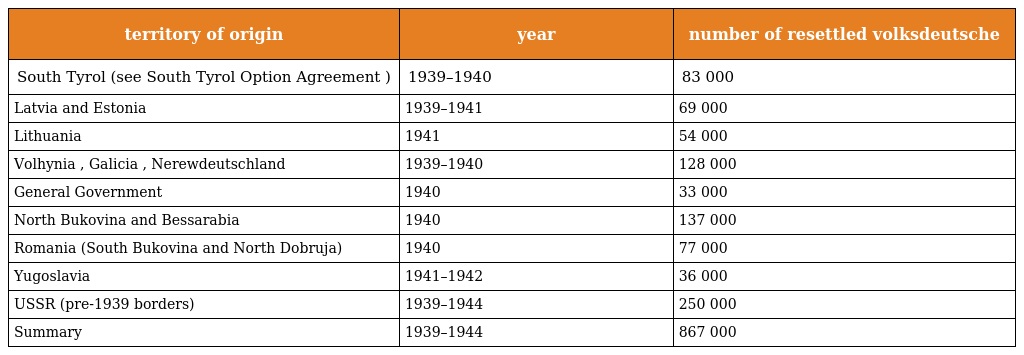
| territory of origin | year | number of resettled volksdeutsche |
 | --- | --- | --- |
 | South Tyrol (see South Tyrol Option Agreement ) | 1939–1940 | 83 000 |
 | Latvia and Estonia | 1939–1941 | 69 000 |
 | Lithuania | 1941 | 54 000 |
 | Volhynia , Galicia , Nerewdeutschland | 1939–1940 | 128 000 |
 | General Government | 1940 | 33 000 |
 | North Bukovina and Bessarabia | 1940 | 137 000 |
 | Romania (South Bukovina and North Dobruja) | 1940 | 77 000 |
 | Yugoslavia | 1941–1942 | 36 000 |
 | USSR (pre-1939 borders) | 1939–1944 | 250 000 |
 | Summary | 1939–1944 | 867 000 |